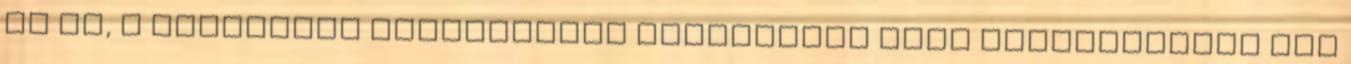
de az, a lappföldi élményeimet figyelembe véve valószínűleg nem